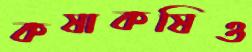
কষাকষিও